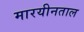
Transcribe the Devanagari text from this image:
मारयीनताल